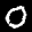
Label: 0